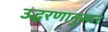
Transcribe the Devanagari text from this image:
उद्धरणानुसार